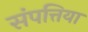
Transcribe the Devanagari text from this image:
संपत्तिया